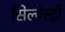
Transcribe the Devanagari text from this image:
सिल्वेस्ट्री